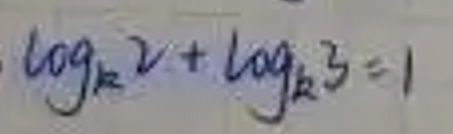
\[ \log_{k}2+\log_{k}3 = 1 \]